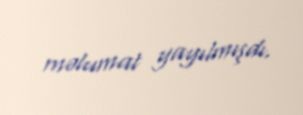
məlumat yayılmışdı.